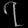
Digit: ၇